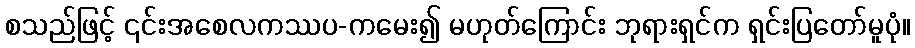
စသည်ဖြင့် ၎င်းအစေလကဿပ-ကမေး၍ မဟုတ်ကြောင်း ဘုရားရှင်က ရှင်းပြတော်မူပုံ။